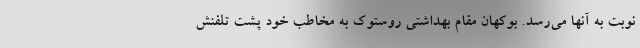
نوبت به آنها می‌رسد. بوکهان مقام بهداشتی روستوک به مخاطب خود پشت تلفنش